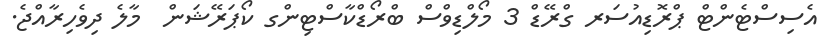
އެސިސްޓެންޓް ޕްރޮޑިއުސަރ ގްރޭޑް 3 މޯލްޑިވްސް ބްރޯޑްކާސްޓިންގ ކޯޕަރޭޝަން  މާލެ ދިވެހިރާއްޖެ.